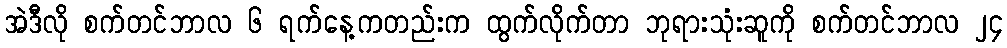
အဲဒီလို စက်တင်ဘာလ ၆ ရက်နေ့ကတည်းက ထွက်လိုက်တာ ဘုရားသုံးဆူကို စက်တင်ဘာလ ၂၄